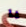
يا